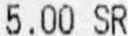
5.00 SR